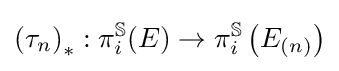
\left(\tau _{n}\right)_{*}:\pi _{i}^{\mathbb {S} }(E)\to \pi _{i}^{\mathbb {S} }\left(E_{(n)}\right)